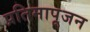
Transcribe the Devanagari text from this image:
प्रतिमापूजन